Scottish Leaving Certificate Examination, 1959
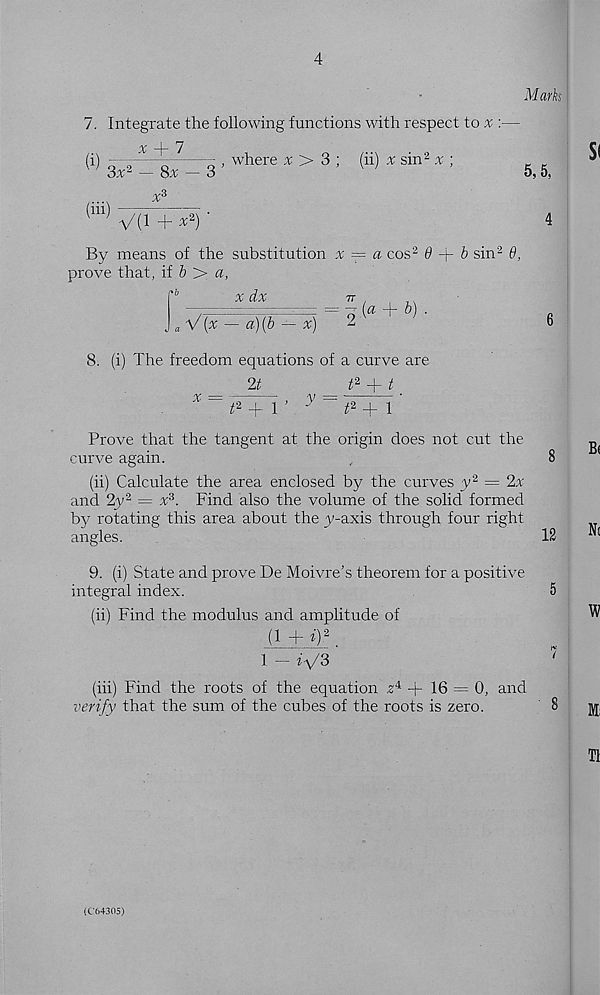
4
Mark
7. Integrate the following functions with respect to % :—
w
3 ■ where * > 3: (“) * sin! ^ ■
5,5,
(Ul) V(1 + ^) '
4
By means of the substitution x == a cos 2 0 + 6 sin 2 6,
prove that, if 6 > a,
' b
x dx
77 (' }\
^ a V{x — a)(b — x)
2
1
'
6
8. (i) The freedom equations of a curve are
2t
t 2 + t
x = f 2 +1 ’ 3 ' = ^ + r
Prove that the tangent at the origin does not cut the
curve again.
8
(ii) Calculate the area enclosed by the curves y 2 = 2x
and 2y 2 = x z . Find also the volume of the solid formed
by rotating this area about the y-axis through four right
angles.
12
9. (i) State and prove De Moivre’s theorem for a positive
integral index.
5
(ii) Find the modulus and amplitude of
(1 + i) 2 .
1 - V3
7
(hi) Find the roots of the equation z 4 + 16 = 0, and
verify that the sum of the cubes of the roots is zero.
8
(C64305)